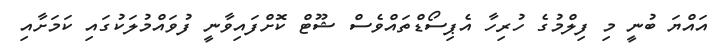
އައްޔަ ބުނީ މި ފިލްމުގެ ހުރިހާ އެޕިސޯޑްތައްވެސް ޝޫޓް ކޮށްފައިވާނީ ފުވައްމުލަކުގައި ކަމަށާއި